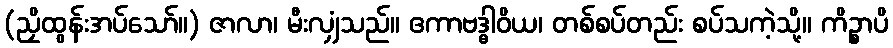
(ညှိထွန်းအပ်သော်။) ဇာလာ၊ မီးလျှံသည်။ ဧကာဗဒ္ဓါဝိယ၊ တစ်စပ်တည်း စပ်သကဲ့သို့။ ကိဉ္စာပိ